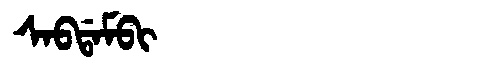
Manchu: ᠰᠠᠪᡩᠠᠮᠪᡳ
Romanization: SABDAMBI